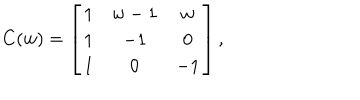
LaTeX: C ( w ) = \left[ \begin{matrix} { { 1 } } & { { w - 1 } } & { { w } } \\ { { 1 } } & { { - 1 } } & { { 0 } } \\ { { 1 } } & { { 0 } } & { { - 1 } } \\ \end{matrix} \right] ,